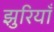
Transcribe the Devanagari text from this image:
झुरियाँ